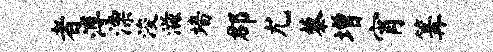
者溥漂浚滋墙郡尤藜增宵篝